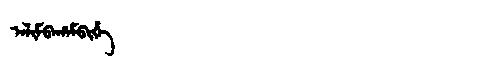
Manchu: ᠠᠯᡳᠮᠪᠠᡥᠠᠮᠪᡳᡥᡝ
Romanization: ALIMBAHAMBIHE